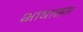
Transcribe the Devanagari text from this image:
भाषास्य